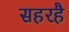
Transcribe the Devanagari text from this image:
सहरहै